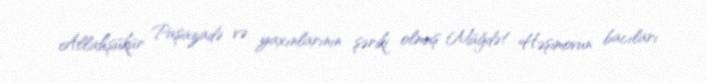
Allahşükür Paşazadə və yaxınlarının şəriki olmuş Müğdət Həşimovun bacıları